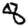
Digit: 8